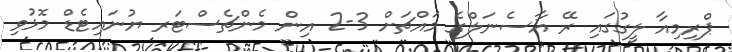
ޕްރިމިއާ ލީގުގައި ރޭ އާސެނަލްގެ މައްޗަށް 3-2 އިން މެންޗެސްޓަރ ޔުނައިޓެޑް މޮޅުވި